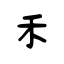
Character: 禾